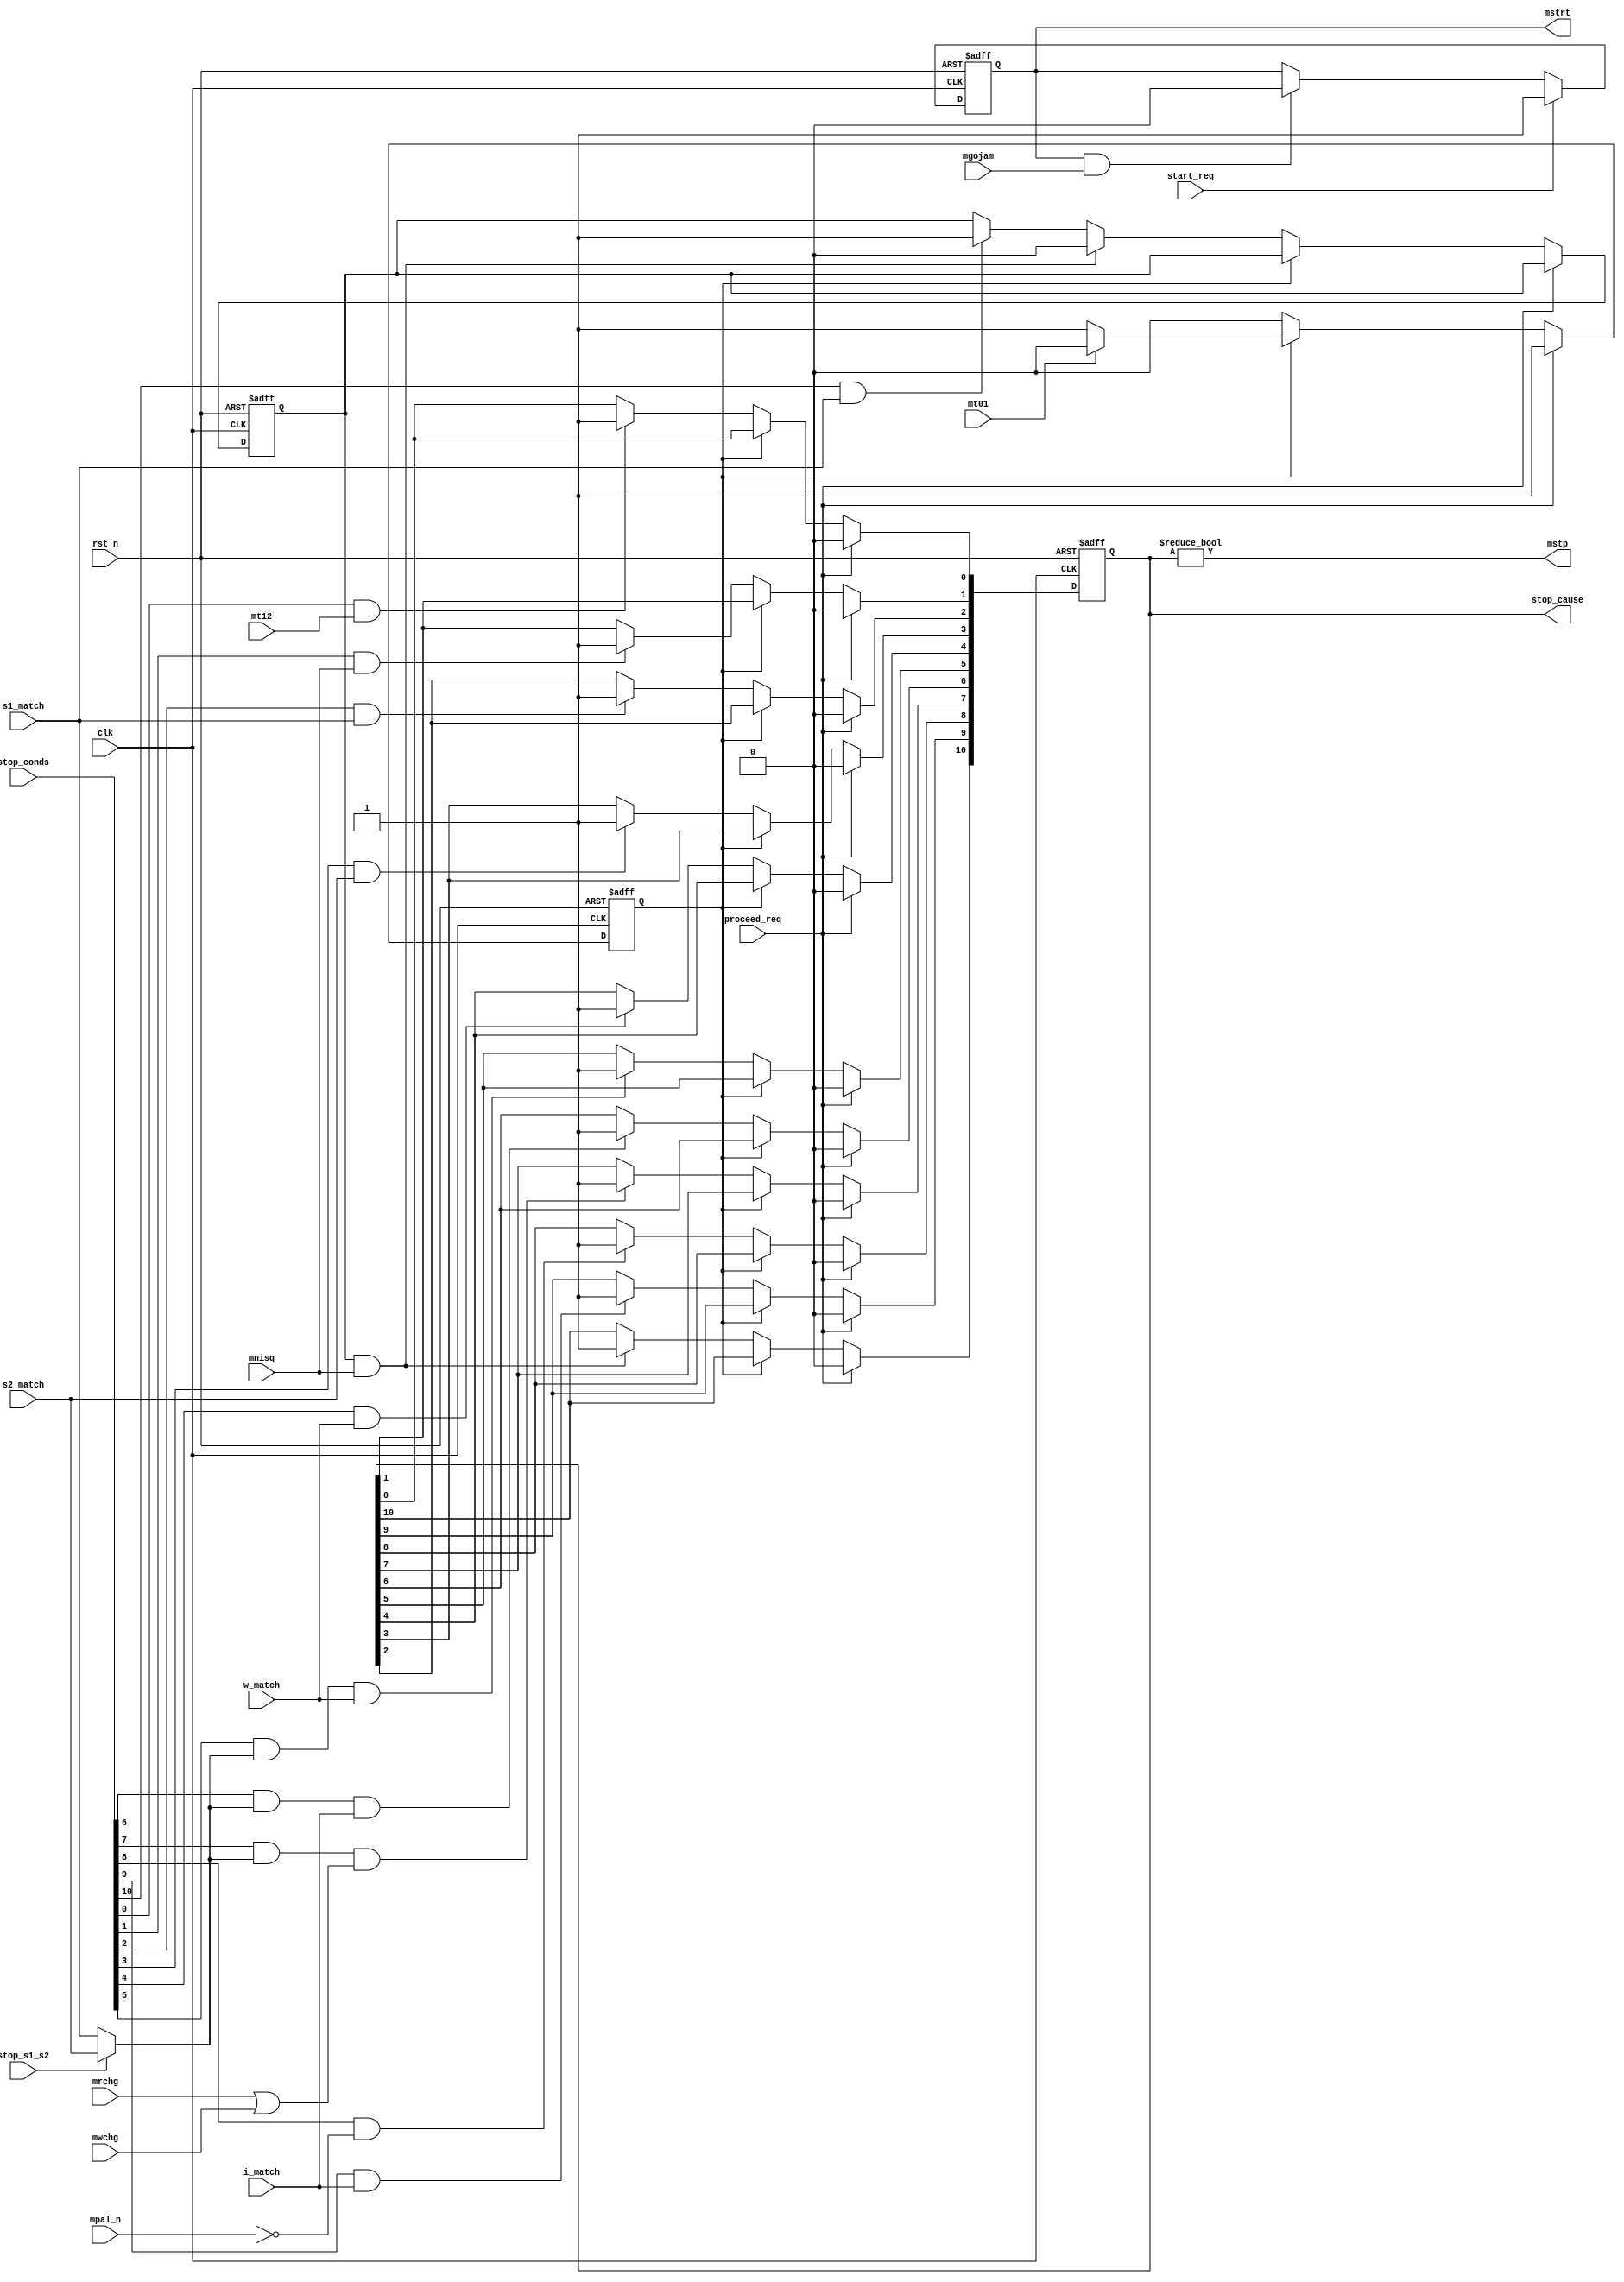
// This program was cloned from: https://github.com/thewonderidiot/cmod_agc
// License: MIT License

`timescale 1ns / 1ps
`default_nettype none


module start_stop(
    input wire clk,
    input wire rst_n,
    input wire start_req,
    input wire proceed_req,
    input wire [10:0] stop_conds,
    input wire stop_s1_s2,
    output reg [10:0] stop_cause,
    input wire mt01,
    input wire mt12,
    input wire mgojam,
    input wire mnisq,
    input wire mpal_n,
    input wire mrchg,
    input wire mwchg,

    input wire s1_match,
    input wire s2_match,
    input wire w_match,
    input wire i_match,

    output reg mstrt,
    output wire mstp
);

`define STOP_T12       0
`define STOP_NISQ      1
`define STOP_S1        2
`define STOP_S2        3
`define STOP_W         4
`define STOP_S_W       5
`define STOP_S_I       6
`define STOP_CHAN      7
`define STOP_PAR       8
`define STOP_I         9
`define STOP_PROG_STEP 10

assign mstp = (stop_cause != 11'b0);

wire s_match;
assign s_match = stop_s1_s2 ? s2_match : s1_match;

always @(posedge clk or negedge rst_n) begin
    if (~rst_n) begin
        mstrt <= 1'b0;
    end else begin
        if (start_req) begin
            mstrt <= 1'b1;
        end else if (mstrt & mgojam) begin
            mstrt <= 1'b0;
        end
    end
end

reg proceeding;
reg prog_step_match;

always @(posedge clk or negedge rst_n) begin
    if (~rst_n) begin
        stop_cause <= 11'b0;
        proceeding <= 1'b0;
        prog_step_match <= 1'b0;
    end else begin
        if (proceed_req) begin
            stop_cause <= 11'b0;
            proceeding <= 1'b1;
        end else if (proceeding) begin
            if (mt01) begin
                proceeding <= 1'b0;
            end
        end else begin
            if (stop_conds[`STOP_T12] & mt12) begin
                stop_cause[`STOP_T12] <= 1'b1;
            end

            if (stop_conds[`STOP_NISQ] & mnisq) begin
                stop_cause[`STOP_NISQ] <= 1'b1;
            end

            if (stop_conds[`STOP_S1] & s1_match) begin
                stop_cause[`STOP_S1] <= 1'b1;
            end

            if (stop_conds[`STOP_S2] & s2_match) begin
                stop_cause[`STOP_S2] <= 1'b1;
            end

            if (stop_conds[`STOP_W] & w_match) begin
                stop_cause[`STOP_W] <= 1'b1;
            end

            if (stop_conds[`STOP_S_W] & s_match & w_match) begin
                stop_cause[`STOP_S_W] <= 1'b1;
            end

            if (stop_conds[`STOP_S_I] & s_match & i_match) begin
                stop_cause[`STOP_S_I] <= 1'b1;
            end

            if (stop_conds[`STOP_CHAN] & s_match & (mrchg | mwchg)) begin
                stop_cause[`STOP_CHAN] <= 1'b1;
            end

            if (stop_conds[`STOP_PAR] & ~mpal_n) begin
                stop_cause[`STOP_PAR] <= 1'b1;
            end

            if (stop_conds[`STOP_I] & i_match) begin
                stop_cause[`STOP_I] <= 1'b1;
            end

            if (stop_conds[`STOP_PROG_STEP] & s1_match) begin
                prog_step_match <= 1'b1;
            end

            if (prog_step_match & mnisq) begin
                stop_cause[`STOP_PROG_STEP] <= 1'b1;
                prog_step_match <= 1'b0;
            end
        end
    end
end

endmodule
`default_nettype wire